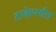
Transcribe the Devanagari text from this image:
टाकेपर्यंत